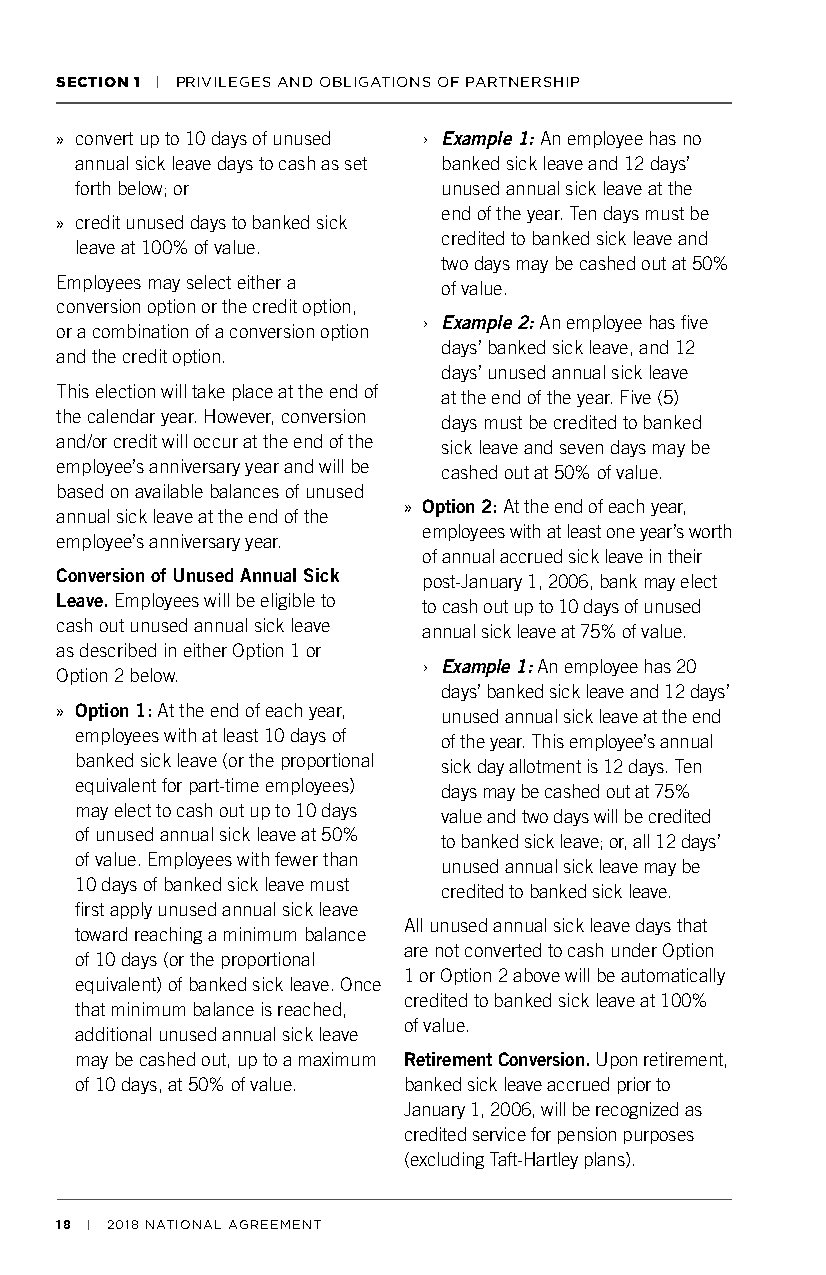
SECTION 1 | PRIVILEGES AND OBLIGATIONS OF PARTNERSHIP
 » convert up to 10 days of unused › Example 1: An employee has no
 annual sick leave days to cash as set banked sick leave and 12 days’
 forth below; or         unused annual sick leave at the
 end of the year. Ten days must be
 » credit unused days to banked sick
 credited to banked sick leave and
 leave at 100% of value.
 two days may be cashed out at 50%
 Employees may select either a of value.
 conversion option or the credit option,
 › Example 2: An employee has five
 or a combination of a conversion option
 days’ banked sick leave, and 12
 and the credit option.
 days’ unused annual sick leave
 This election will take place at the end of at the end of the year. Five (5)
 the calendar year. However, conversion days must be credited to banked
 and/or credit will occur at the end of the sick leave and seven days may be
 employee’s anniversary year and will be cashed out at 50% of value.
 based on available balances of unused
 » Option 2: At the end of each year,
 annual sick leave at the end of the
 employees with at least one year’s worth
 employee’s anniversary year.
 of annual accrued sick leave in their
 Conversion of Unused Annual Sick post-January 1, 2006, bank may elect
 Leave. Employees will be eligible to to cash out up to 10 days of unused
 cash out unused annual sick leave annual sick leave at 75% of value.
 as described in either Option 1 or
 › Example 1: An employee has 20
 Option 2 below.
 days’ banked sick leave and 12 days’
 » Option 1: At the end of each year, unused annual sick leave at the end
 employees with at least 10 days of of the year. This employee’s annual
 banked sick leave (or the proportional sick day allotment is 12 days. Ten
 equivalent for part-time employees) days may be cashed out at 75%
 may elect to cash out up to 10 days value and two days will be credited
 of unused annual sick leave at 50% to banked sick leave; or, all 12 days’
 of value. Employees with fewer than unused annual sick leave may be
 10 days of banked sick leave must credited to banked sick leave.
 first apply unused annual sick leave
 All unused annual sick leave days that
 toward reaching a minimum balance
 are not converted to cash under Option
 of 10 days (or the proportional
 1 or Option 2 above will be automatically
 equivalent) of banked sick leave. Once
 credited to banked sick leave at 100%
 that minimum balance is reached,
 of value.
 additional unused annual sick leave
 may be cashed out, up to a maximum Retirement Conversion. Upon retirement,
 of 10 days, at 50% of value. banked sick leave accrued prior to
 January 1, 2006, will be recognized as
 credited service for pension purposes
 (excluding Taft-Hartley plans).
 18 | 2018 NATIONAL AGREEMENT